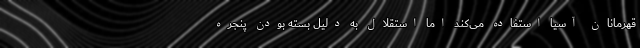
قهرمانان آسیا استفاده می‌کند اما استقلال به دلیل بسته بودن پنجره